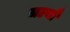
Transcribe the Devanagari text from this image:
चल्यौ